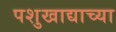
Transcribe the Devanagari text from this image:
पशुखाद्याच्या